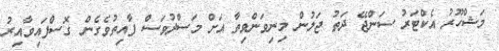
މަޝްހޫރު އެކްޓަރު ސަންޖޭ ދަތު ޖަލުން މިނިވަންވިތާ އަށް މަސްދުވަސް ފާއިތުވެގެން ގޮސްފައިވާއިރު